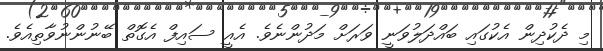
މި ދެކުދިން އެކުގައި ބައްދަލުވަނީ ވަރަށް މަދުންނެވެ. އެއީ ސައިފް އެގޮތް ބޭނުންނުވާތިއެވެ.